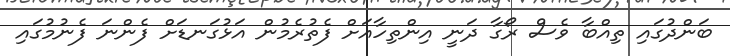
ބަންދުގައި ތިއްބާ ވެސް ރޯގާ ދަނީ އިންތިހާއަށް ފެތުރެމުން އަޅުގަނޑަށް ފެންނަ ފެނުމުގައި